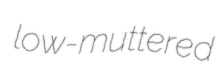
low-muttered